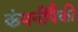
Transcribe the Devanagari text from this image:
कंपनींपैकी